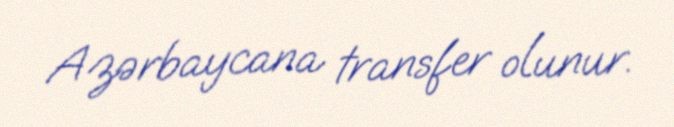
Azərbaycana transfer olunur.